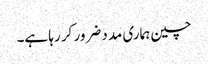
چین ہماری مدد ضرور کر رہا ہے۔